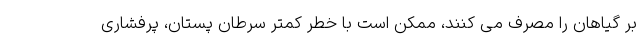
بر گیاهان را مصرف می کنند، ممکن است با خطر کمتر سرطان پستان، پرفشاری